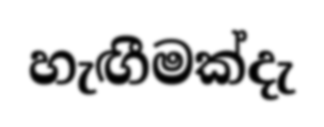
හැඟීමක්දැ